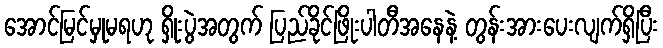
အောင်မြင်မှုမရဟု ရှိုးပွဲအတွက် ပြည်ခိုင်ဖြိုးပါတီအနေနဲ့ တွန်းအားပေးလျက်ရှိပြီး